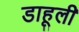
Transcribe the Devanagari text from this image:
डाहूली